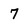
Character: 7